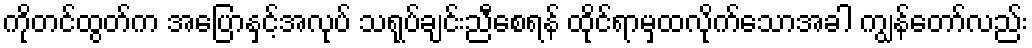
ကိုတင်ထွတ်က အပြောနှင့်အလုပ် သရုပ်ချင်းညီစေရန် ထိုင်ရာမှထလိုက်သောအခါ ကျွန်တော်လည်း